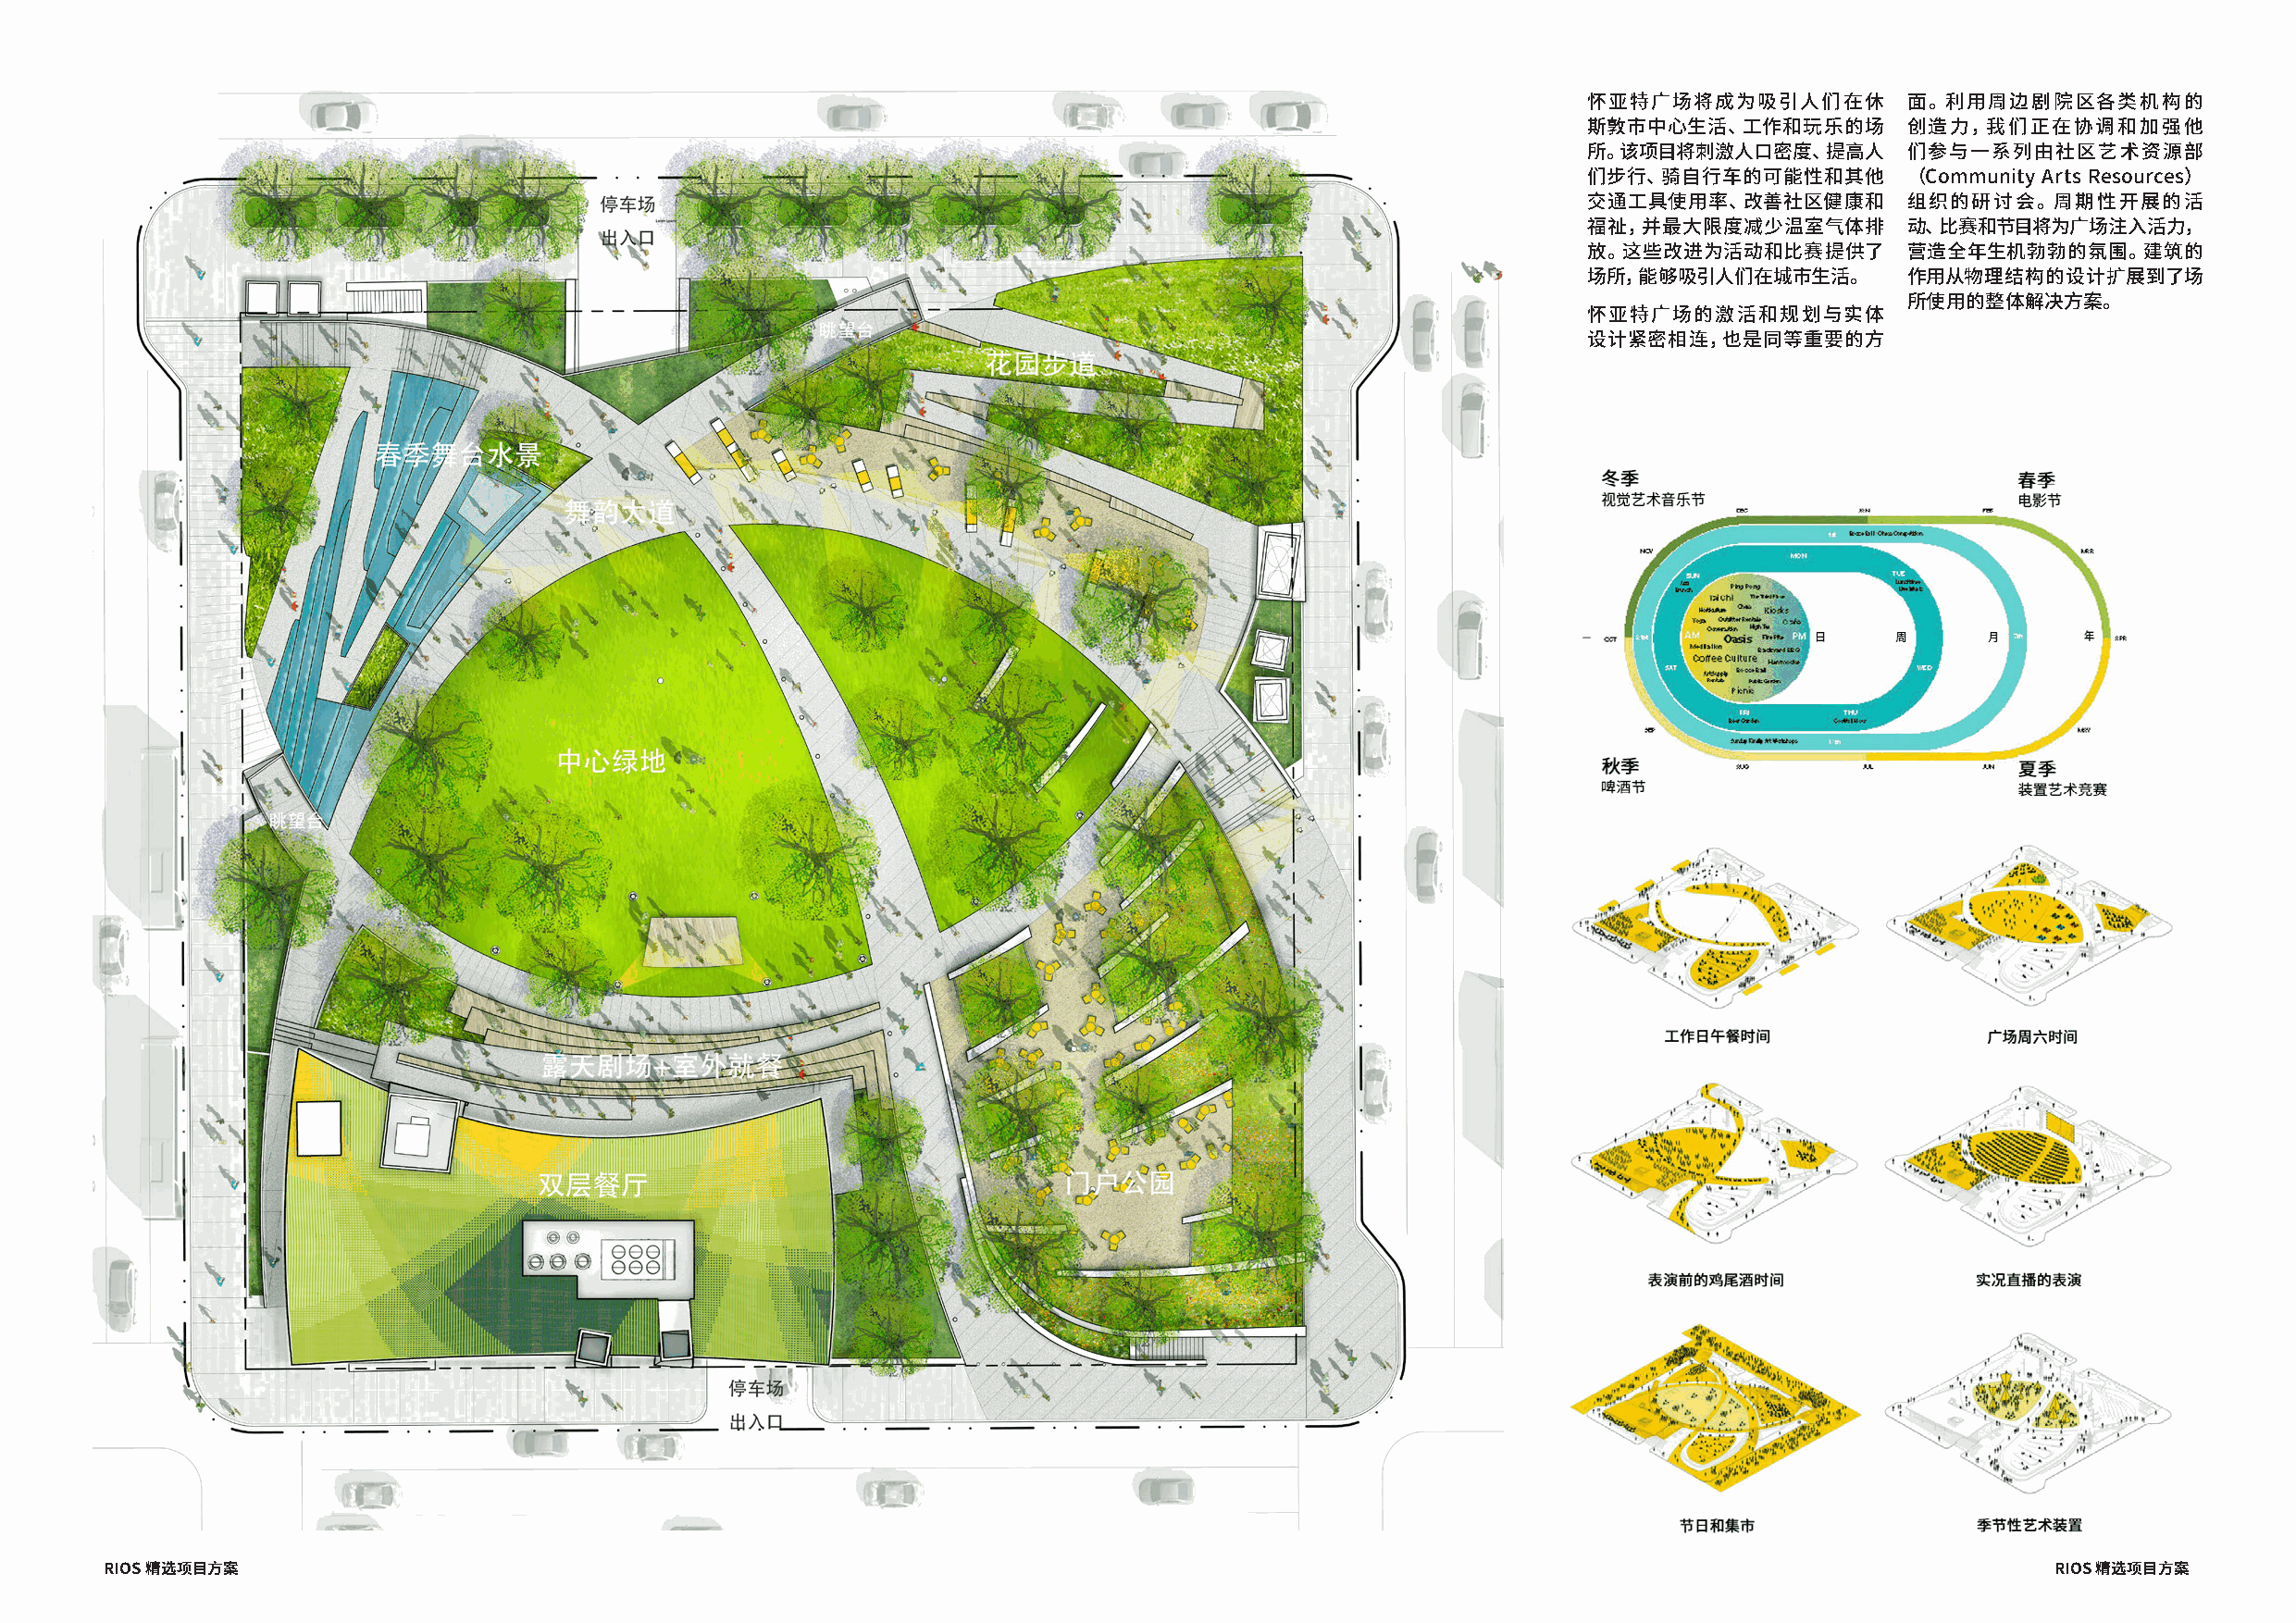
怀亚特广场将成为吸引人们在休        面。利用周边剧院区各类机构的
 斯敦市中心生活、工作和玩乐的场       创造力，我们正在协调和加强他
 所。该项目将刺激人口密度、提高人      们参与一系列由社区艺术资源部
 们步行、骑自行车的可能性和其他       （Community Arts Resources）
 交通工具使用率、改善社区健康和       组织的研讨会。周期性开展的活
 福祉，并最大限度减少温室气体排       动、比赛和节目将为广场注入活力，
 放。这些改进为活动和比赛提供了       营造全年生机勃勃的氛围。建筑的
 场所，能够吸引人们在城市生活。       作用从物理结构的设计扩展到了场
 所使用的整体解决方案。
 怀亚特广场的激活和规划与实体
 设计紧密相连，也是同等重要的方
 RIOS 精选项目方案                                                                                                                                 RIOS 精选项目方案